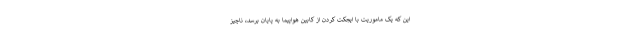
این که یک ماموریت با ایجکت کردن از کابین هواپیما به پایان برسد، ناچیز